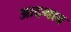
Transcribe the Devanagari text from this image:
आदगाव